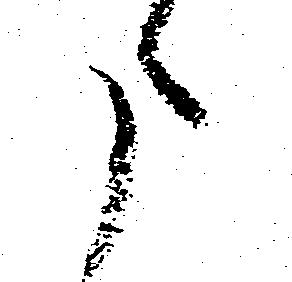
た